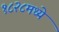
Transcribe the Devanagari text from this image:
१८२८मध्ये